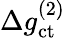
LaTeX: \Delta g_{\mathrm{ct}}^{(2)}